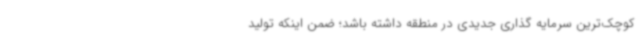
کوچک‌ترین سرمایه گذاری جدیدی در منطقه داشته باشد؛ ضمن اینکه تولید